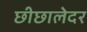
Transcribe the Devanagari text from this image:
छीछालेदर